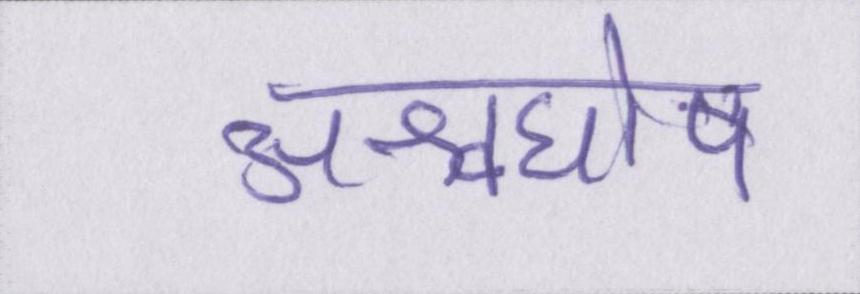
अश्वघोष